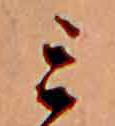
ミ